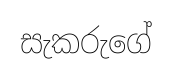
සැකරුගේ